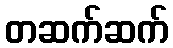
တဆက်ဆက်